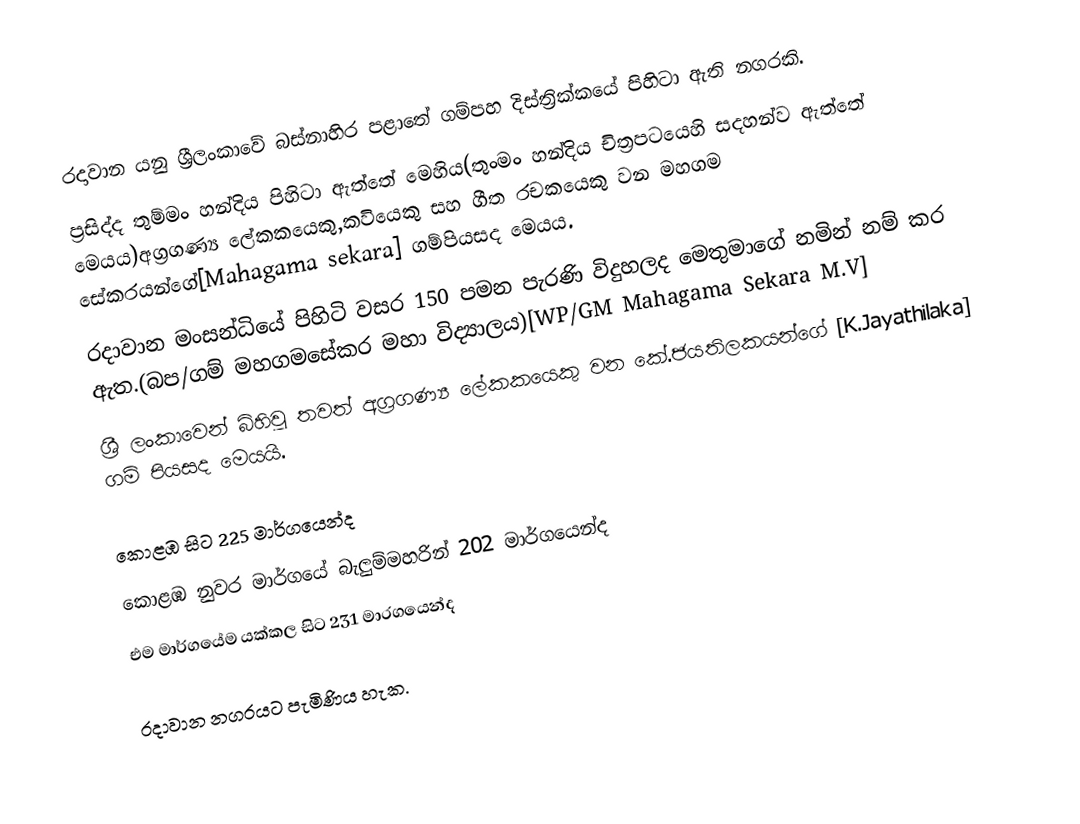
රදාවාන යනු ශ්‍රීලංකාවේ බස්නාහිර පළාතේ ගම්පහ දිස්ත්‍රික්කයේ පිහිටා ඇති නගරකි.
ප්‍රසිද්ද තුම්මං හන්දිය පිහිටා ඇත්තේ මෙහිය(තුංමං හන්දිය චිත්‍රපටයෙහි සදහන්ව ඇත්තේ මෙයය)අග්‍රගණ්‍ය ලේකකයෙකු,කවියෙකු සහ ගීත රචකයෙකු වන මහගම සේකරයන්ගේ[Mahagama sekara] ගම්පියසද මෙයය.
රදාවාන මංසන්ධියේ පිහිටි වසර 150 පමන පැරණි විදුහලද මෙතුමාගේ නමින් නම් කර ඇත.(බප/ගම් මහගමසේකර මහා විද්‍යාලය)[WP/GM Mahagama Sekara M.V]
ශ්‍රී ලංකාවෙන් බිහිවූ තවත් අග්‍රගණ්‍ය ලේකකයෙකු වන කේ.ජයතිලකයන්ගේ [K.Jayathilaka] ගම් පියසද මෙයයි.

කොළඹ සිට 225 මාර්ගයෙන්ද
කොළඹ නුවර මාර්ගයේ බැලුම්මහරින් 202 මාර්ගයෙන්ද
එම මාර්ගයේම යක්කල සිට 231 මාරගයෙන්ද

රදාවාන නගරයට පැමිණිය හැක.